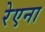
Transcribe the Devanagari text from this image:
रेएना